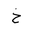
Letter: _kha